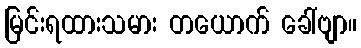
မြင်းရထားသမား တယောက် ခေါ်ဗျာ။